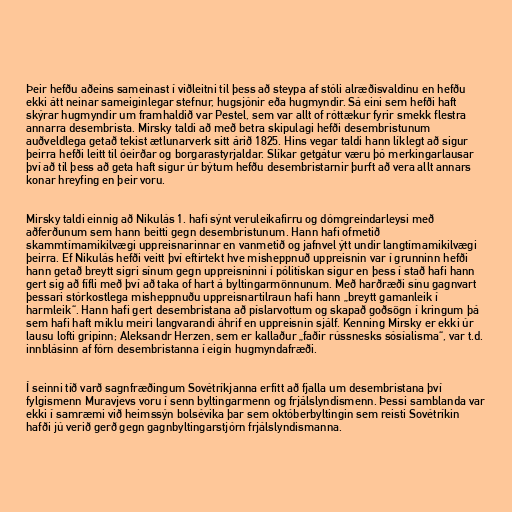
Þeir hefðu aðeins sameinast í viðleitni til þess að steypa af stóli alræðisvaldinu en hefðu
ekki átt neinar sameiginlegar stefnur, hugsjónir eða hugmyndir. Sá eini sem hefði haft
skýrar hugmyndir um framhaldið var Pestel, sem var allt of róttækur fyrir smekk flestra
annarra desembrista. Mirsky taldi að með betra skipulagi hefði desembristunum
auðveldlega getað tekist ætlunarverk sitt árið 1825. Hins vegar taldi hann líklegt að sigur
þeirra hefði leitt til óeirðar og borgarastyrjaldar. Slíkar getgátur væru þó merkingarlausar
því að til þess að geta haft sigur úr býtum hefðu desembristarnir þurft að vera allt annars
konar hreyfing en þeir voru.

Mirsky taldi einnig að Nikulás 1. hafi sýnt veruleikafirru og dómgreindarleysi með
aðferðunum sem hann beitti gegn desembristunum. Hann hafi ofmetið
skammtímamikilvægi uppreisnarinnar en vanmetið og jafnvel ýtt undir langtímamikilvægi
þeirra. Ef Nikulás hefði veitt því eftirtekt hve misheppnuð uppreisnin var í grunninn hefði
hann getað breytt sigri sínum gegn uppreisninni í pólitískan sigur en þess í stað hafi hann
gert sig að fífli með því að taka of hart á byltingarmönnunum. Með harðræði sínu gagnvart
þessari stórkostlega misheppnuðu uppreisnartilraun hafi hann „breytt gamanleik í
harmleik“. Hann hafi gert desembristana að píslarvottum og skapað goðsögn í kringum þá
sem hafi haft miklu meiri langvarandi áhrif en uppreisnin sjálf. Kenning Mirsky er ekki úr
lausu lofti gripinn; Aleksandr Herzen, sem er kallaður „faðir rússnesks sósíalisma“, var t.d.
innblásinn af fórn desembristanna í eigin hugmyndafræði.

Í seinni tíð varð sagnfræðingum Sovétríkjanna erfitt að fjalla um desembristana því
fylgismenn Muravjevs voru í senn byltingarmenn og frjálslyndismenn. Þessi samblanda var
ekki í samræmi við heimssýn bolsévika þar sem októberbyltingin sem reisti Sovétríkin
hafði jú verið gerð gegn gagnbyltingarstjórn frjálslyndismanna.